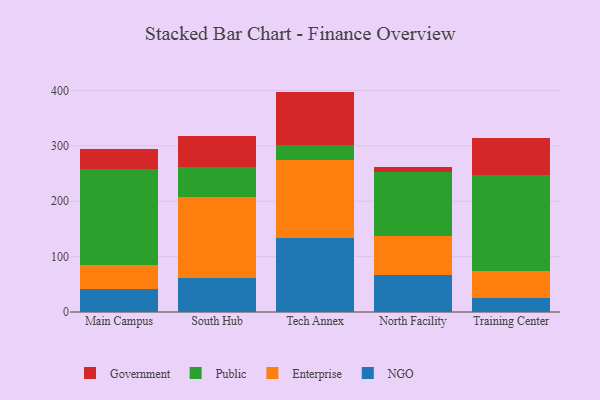
{"axis": {"x": "Campus", "y": "Humidity (%)"}, "legend": ["Enterprise", "Government", "NGO", "Public"], "data": [{"x": "Main Campus", "y": 41.2, "type": "NGO"}, {"x": "Main Campus", "y": 43.7, "type": "Enterprise"}, {"x": "Main Campus", "y": 174.0, "type": "Public"}, {"x": "Main Campus", "y": 34.7, "type": "Government"}, {"x": "South Hub", "y": 61.2, "type": "NGO"}, {"x": "South Hub", "y": 146.3, "type": "Enterprise"}, {"x": "South Hub", "y": 55.1, "type": "Public"}, {"x": "South Hub", "y": 54.3, "type": "Government"}, {"x": "Tech Annex", "y": 134.2, "type": "NGO"}, {"x": "Tech Annex", "y": 140.6, "type": "Enterprise"}, {"x": "Tech Annex", "y": 26.2, "type": "Public"}, {"x": "Tech Annex", "y": 96.9, "type": "Government"}, {"x": "North Facility", "y": 66.2, "type": "NGO"}, {"x": "North Facility", "y": 71.0, "type": "Enterprise"}, {"x": "North Facility", "y": 115.6, "type": "Public"}, {"x": "North Facility", "y": 9.6, "type": "Government"}, {"x": "Training Center", "y": 25.9, "type": "NGO"}, {"x": "Training Center", "y": 48.5, "type": "Enterprise"}, {"x": "Training Center", "y": 172.7, "type": "Public"}, {"x": "Training Center", "y": 66.2, "type": "Government"}]}